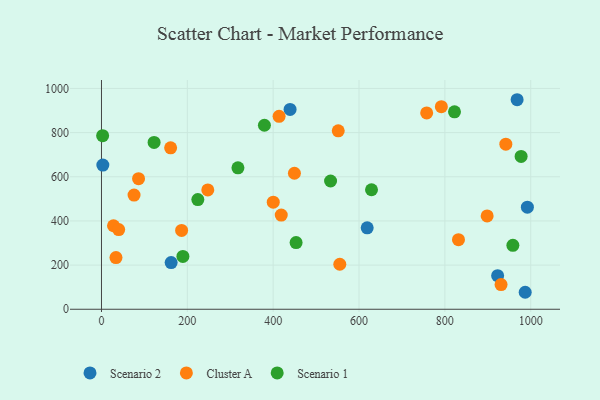
{"axis": {"x": "Engine Size", "y": "Exam Score"}, "legend": ["Cluster A", "Scenario 1", "Scenario 2"], "data": [{"x": "968.3", "y": 949.0, "type": "Scenario 2"}, {"x": "619.0", "y": 368.7, "type": "Scenario 2"}, {"x": "439.4", "y": 905.1, "type": "Scenario 2"}, {"x": "3.2", "y": 653.2, "type": "Scenario 2"}, {"x": "922.9", "y": 151.9, "type": "Scenario 2"}, {"x": "162.3", "y": 211.4, "type": "Scenario 2"}, {"x": "992.2", "y": 462.3, "type": "Scenario 2"}, {"x": "987.1", "y": 76.9, "type": "Scenario 2"}, {"x": "449.5", "y": 616.0, "type": "Cluster A"}, {"x": "930.9", "y": 111.8, "type": "Cluster A"}, {"x": "161.1", "y": 731.0, "type": "Cluster A"}, {"x": "75.9", "y": 517.1, "type": "Cluster A"}, {"x": "28.0", "y": 378.2, "type": "Cluster A"}, {"x": "831.7", "y": 315.3, "type": "Cluster A"}, {"x": "400.2", "y": 484.8, "type": "Cluster A"}, {"x": "86.4", "y": 591.6, "type": "Cluster A"}, {"x": "898.5", "y": 422.8, "type": "Cluster A"}, {"x": "413.8", "y": 874.0, "type": "Cluster A"}, {"x": "186.7", "y": 356.9, "type": "Cluster A"}, {"x": "555.2", "y": 203.8, "type": "Cluster A"}, {"x": "247.7", "y": 540.5, "type": "Cluster A"}, {"x": "757.6", "y": 889.2, "type": "Cluster A"}, {"x": "33.8", "y": 234.1, "type": "Cluster A"}, {"x": "551.6", "y": 808.2, "type": "Cluster A"}, {"x": "791.8", "y": 917.7, "type": "Cluster A"}, {"x": "942.0", "y": 747.7, "type": "Cluster A"}, {"x": "418.8", "y": 426.4, "type": "Cluster A"}, {"x": "40.1", "y": 360.9, "type": "Cluster A"}, {"x": "958.4", "y": 289.7, "type": "Scenario 1"}, {"x": "533.7", "y": 580.8, "type": "Scenario 1"}, {"x": "822.4", "y": 894.2, "type": "Scenario 1"}, {"x": "379.6", "y": 833.4, "type": "Scenario 1"}, {"x": "122.6", "y": 755.7, "type": "Scenario 1"}, {"x": "2.7", "y": 786.1, "type": "Scenario 1"}, {"x": "629.1", "y": 541.3, "type": "Scenario 1"}, {"x": "224.5", "y": 496.7, "type": "Scenario 1"}, {"x": "317.9", "y": 640.4, "type": "Scenario 1"}, {"x": "977.6", "y": 692.4, "type": "Scenario 1"}, {"x": "453.4", "y": 302.0, "type": "Scenario 1"}, {"x": "189.7", "y": 239.3, "type": "Scenario 1"}]}